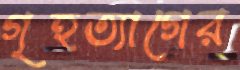
গৃহত্যাগের